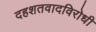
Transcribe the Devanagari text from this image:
दहशतवादविरोधी